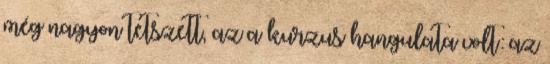
még nagyon tetszett, az a kurzus hangulata volt: az